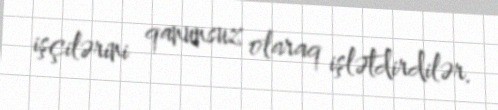
işçilərini qanunsuz olaraq işlətdirdilər.